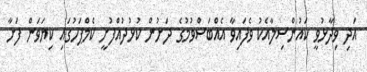
އަދި ވިދާޅުވީ ކައުންސިލާއެކު ވެފައިވާ އެއްބަސްވުމުގެ ދަށުން ކުޅުދުއްފުށީ ކެމްޕަހުގައި ކިޔަވަން ފަށާ